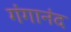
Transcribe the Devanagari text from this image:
गंगानंद